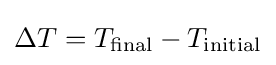
\Delta T=T_{\text{final}}-T_{\text{initial}}